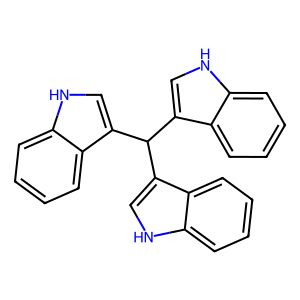
SMILES: c1ccc2c(C(c3c[nH]c4ccccc34)c3c[nH]c4ccccc34)c[nH]c2c1
Inhibits HIV replication: No